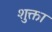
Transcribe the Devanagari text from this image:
शुक्ता